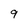
Character: 9